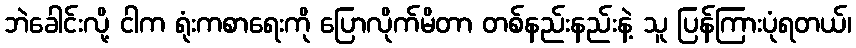
ဘဲခေါင်းလို့ ငါက ရုံးကစာရေးကို ပြောလိုက်မိတာ တစ်နည်းနည်းနဲ့ သူ ပြန်ကြားပုံရတယ်၊